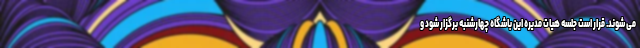
می شوند. قرار است جلسه هیات مدیره این باشگاه چهارشنبه برگزار شود و